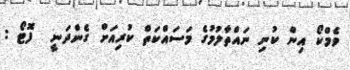
ވެމްކޯ އިން ކުނި ނައްތާލުމުގެ މަސައްކަތް ކުރިއަށް ގެންދަނީ  ފޮޓޯ :